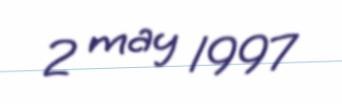
2 may 1997